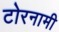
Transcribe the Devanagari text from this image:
टोरनामी